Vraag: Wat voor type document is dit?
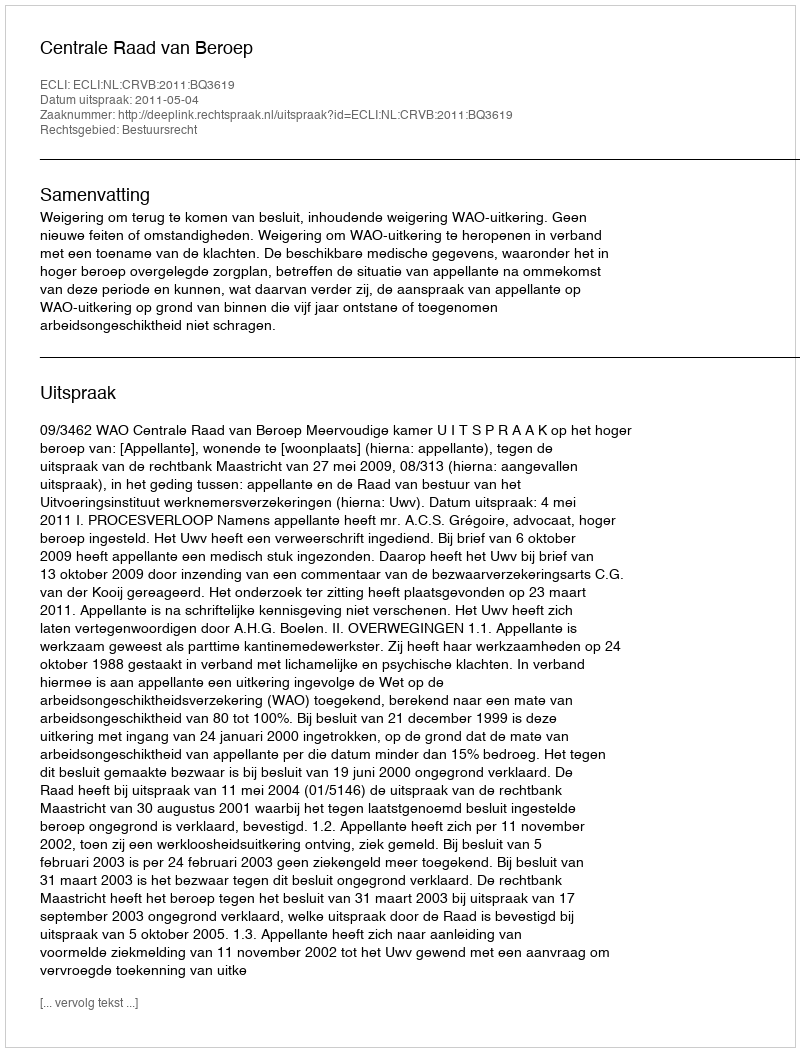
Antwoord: Uitspraak